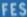
fes